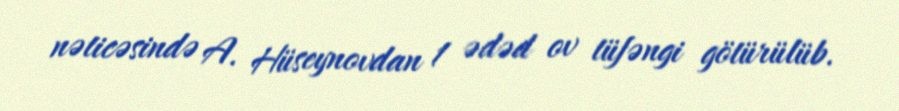
nəticəsində A. Hüseynovdan 1 ədəd ov tüfəngi götürülüb.